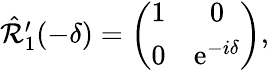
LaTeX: \begin{array}{r}{\hat{\mathcal{R}}_{1}^{\prime}(-\delta)=\left(\begin{array}{cc}{1}&{0}\\ {0}&{\mathrm{e}^{-i\delta}}\end{array}\right),}\end{array}